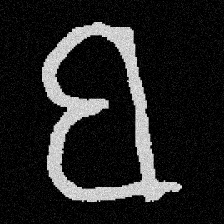
Pyu character \u2014 Myanmar letter: ဗ (romanized: ba)